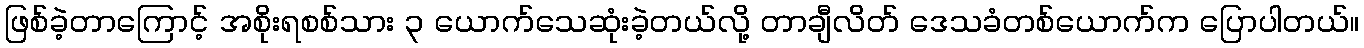
ဖြစ်ခဲ့တာကြောင့် အစိုးရစစ်သား ၃ ယောက်သေဆုံးခဲ့တယ်လို့ တာချီလိတ် ဒေသခံတစ်ယောက်က ပြောပါတယ်။